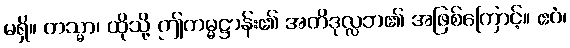
မရှိ။ တသ္မာ၊ ထိုသို့ ဤကမ္မဋ္ဌာန်း၏ အတိဒုလ္လဘ၏ အဖြစ်ကြောင့်။ ဧဝံ၊